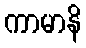
ကာမာနိ